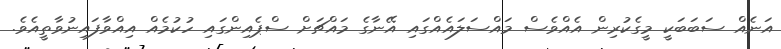
އަނެއް ސަބަބަކީ މީގެކުރިން އެއްވެސް މައްސަލައެއްގައި އޭނާގެ މައްޗަށް ސްޕެއިންގައި ހުކުމެއް އިއްވާފައިނުވާތީއެވެ.